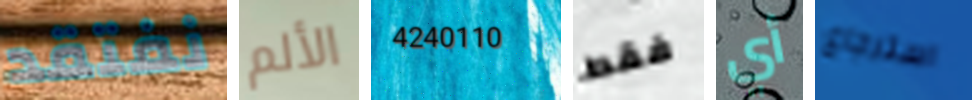
نفتقد الألم 4240110 فقط أي استرجاع